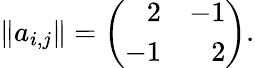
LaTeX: \| a_{i,j}\| =\left(\begin{array}{rr}{{2}}&{{-1}}\\ {{-1}}&{{2}}\end{array}\right).